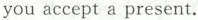
you accept a present.